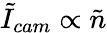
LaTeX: \tilde{I}_{cam}\propto\tilde{n}